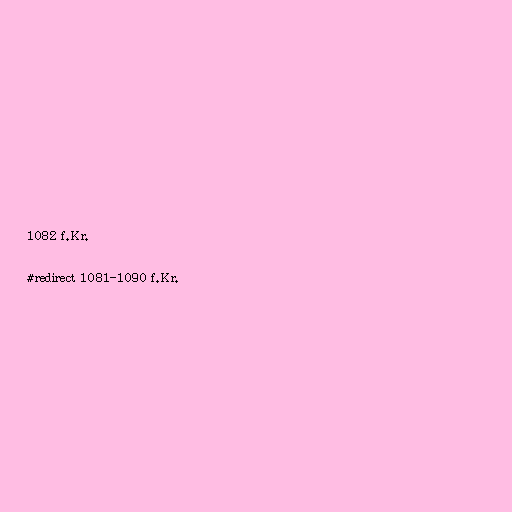
1082 f.Kr.

#redirect 1081-1090 f.Kr.